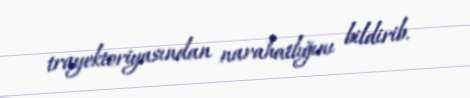
trayektoriyasından narahatlığını bildirib.